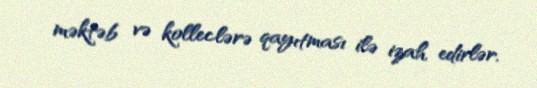
məktəb və kolleclərə qayıtması ilə izah edirlər.